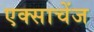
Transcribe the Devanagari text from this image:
एक्साचेंज